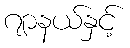
ဂျာနယ်နှင့်